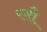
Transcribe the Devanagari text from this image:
रसौ